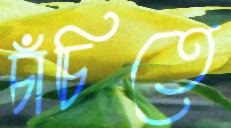
চাঁচিতে